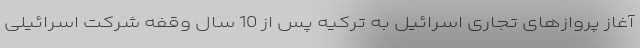
آغاز پروازهای تجاری اسرائیل به ترکیه پس از 10 سال وقفه شرکت اسرائیلی